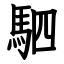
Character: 駟